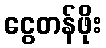
ငွေတန်ဖိုး